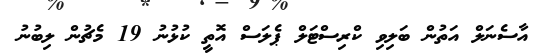
އާސެނަލް އަތުން ބަލިވި ކްރިސްޓަލް ޕެލަސް އޮތީ ކުޅުނު 19 މެޗުން ލިބުނު